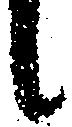
候